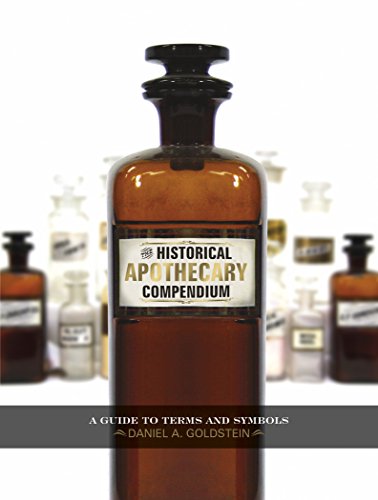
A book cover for The Historical Apothecary Compendium: A Guide to Terms and Symbols; Daniel A. Goldstein; Crafts, Hobbies & Home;